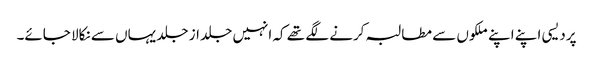
پردیسی اپنے اپنے ملکوں سے مطالبہ کرنے لگے تھے کہ انہیں جلد از جلد یہاں سے نکالا جائے۔